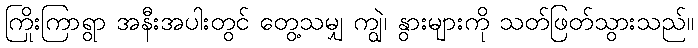
ကြိုးကြာရွာ အနီးအပါးတွင် တွေ့သမျှ ကျွဲ၊ နွားများကို သတ်ဖြတ်သွားသည်။